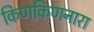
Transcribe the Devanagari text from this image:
किणकिणनारा